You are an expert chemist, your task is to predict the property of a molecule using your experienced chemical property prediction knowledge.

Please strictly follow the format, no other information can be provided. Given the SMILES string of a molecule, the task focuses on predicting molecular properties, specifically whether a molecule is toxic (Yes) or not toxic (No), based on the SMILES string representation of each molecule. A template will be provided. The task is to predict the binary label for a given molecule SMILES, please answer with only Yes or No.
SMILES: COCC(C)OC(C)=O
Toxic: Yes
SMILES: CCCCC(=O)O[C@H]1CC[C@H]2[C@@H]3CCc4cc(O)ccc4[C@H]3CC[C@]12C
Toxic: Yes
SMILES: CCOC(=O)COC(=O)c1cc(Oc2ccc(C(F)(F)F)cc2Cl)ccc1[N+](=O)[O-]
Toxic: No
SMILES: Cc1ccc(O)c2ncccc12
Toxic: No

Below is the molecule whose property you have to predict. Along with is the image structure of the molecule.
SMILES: CCCCC(=O)O[C@]1(C(=O)CO)[C@H](C)C[C@H]2[C@@H]3CCC4=CC(=O)C=C[C@]4(C)[C@@]3(F)[C@@H](O)C[C@@]21C
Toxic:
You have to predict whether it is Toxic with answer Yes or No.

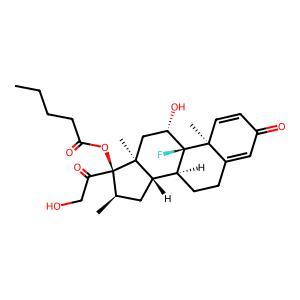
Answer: Yes